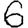
Digit: 6